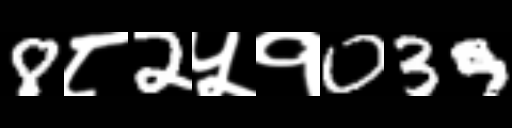
Text: 8८2५१039